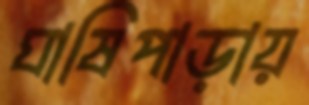
ঘাষিপাড়ায়